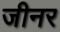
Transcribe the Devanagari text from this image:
जीनर